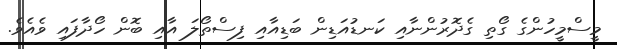
މީސްމީހުންގެ ގޯތި ގެދޮރުންނާއި ކަނޑުއަޑިން ބަޑިއާއި ފިސްތޯލަ އާއި ބޮން ހޯދާފައި ވެއެވެ.